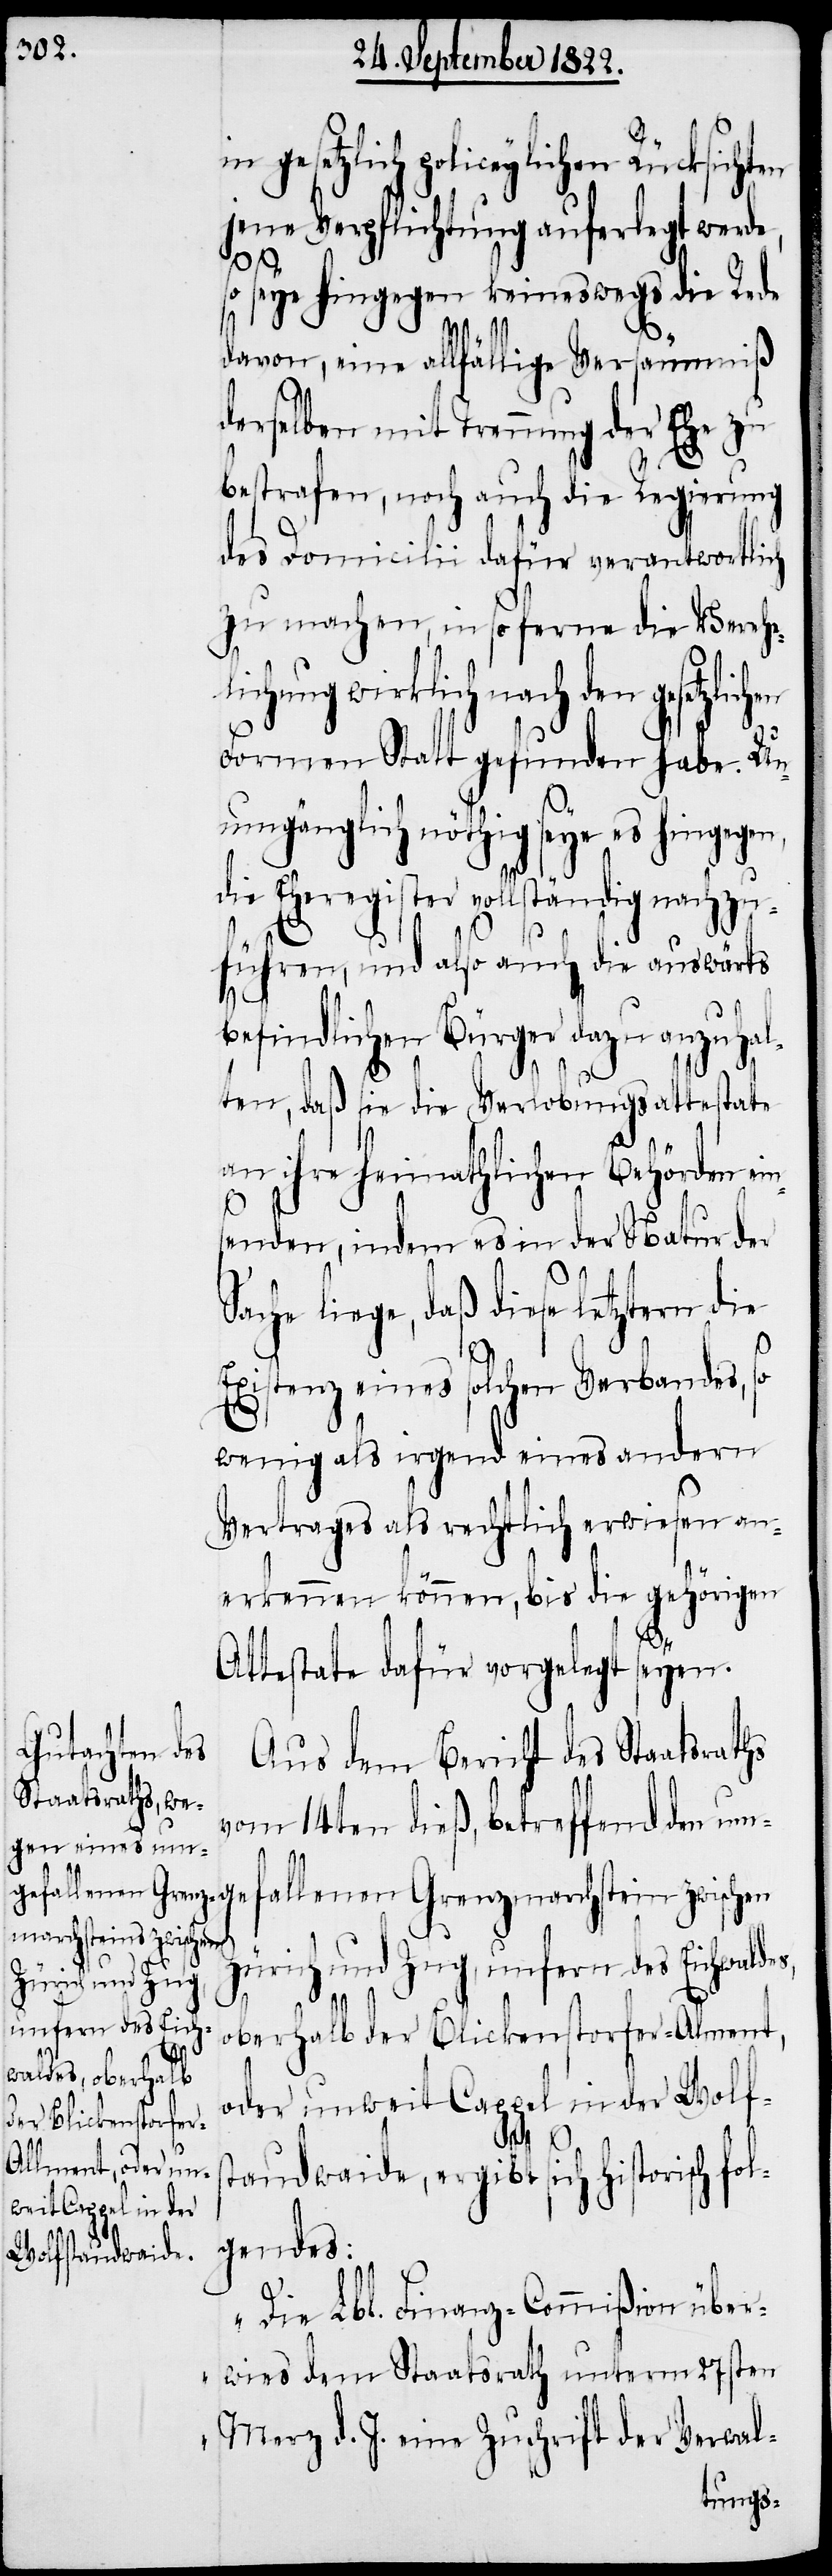
gesetzlich policeylichen Rücksichten
jene Verpflichtung auferlegt werde,
so seye hingegen keineswegs die Rede
davon, eine allfällige Versäumniß
derselben mit Trennung der Ehe zu
bestrafen, noch auch die Regierung
des Domicilii dafür verantwortlich
zu machen, in so ferne die Verehel¬
ichung wirklich nach den gesetzli¬
Formen Statt gefunden habe. Un¬
umgänglich nöthig seye es hingegen,
die Eheregister vollständig nachzu¬
führen, und also auch die auswärts
befindlichen Bürger dazu anzuhal¬
ten, daß sie die Verlobungsattestate
ol¬
an ihre heimathlichen Behörden
s,
senden, indem es in der Natur der
Sache liege, daß diese letztern die
Existenz eines solchen Verbandes,
wenig als irgend eines andern
Vertrages als rechtlich erwiesen an¬
erkennen können, bis die gehörigen
Attestate dafür vorgelegt werden.
Aus dem Bericht des Staatsraths
vom 14ten dieß, betreffend den um¬
allenen Grenzmarchstein zwischen
Zürich und Zug, unfern des Eichwalde¬
oberhalb der Blickenstorfer-Alment,
oder unweit Cappel in der Wohls¬
taudwaide, ergibt sich historisch f¬
gendes:
„Die Lbl. Finanz-Commißion über¬
wies dem Staatsrath unterm 27sten
Merz d. J. eine Zuschrift der Verwal-